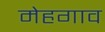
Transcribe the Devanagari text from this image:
मेहगाव